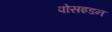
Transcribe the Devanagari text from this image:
पोसइडन